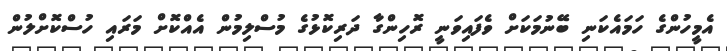
އެމީހުންގެ ހަމައެކަނި ބޭނުމަކަށް ވެފައިވަނީ ރޮހިންގާ ދަރިކޮޅުގެ މުސްލިމުން އެއްކޮށް މަރައި ހުސްކޮށްލުން